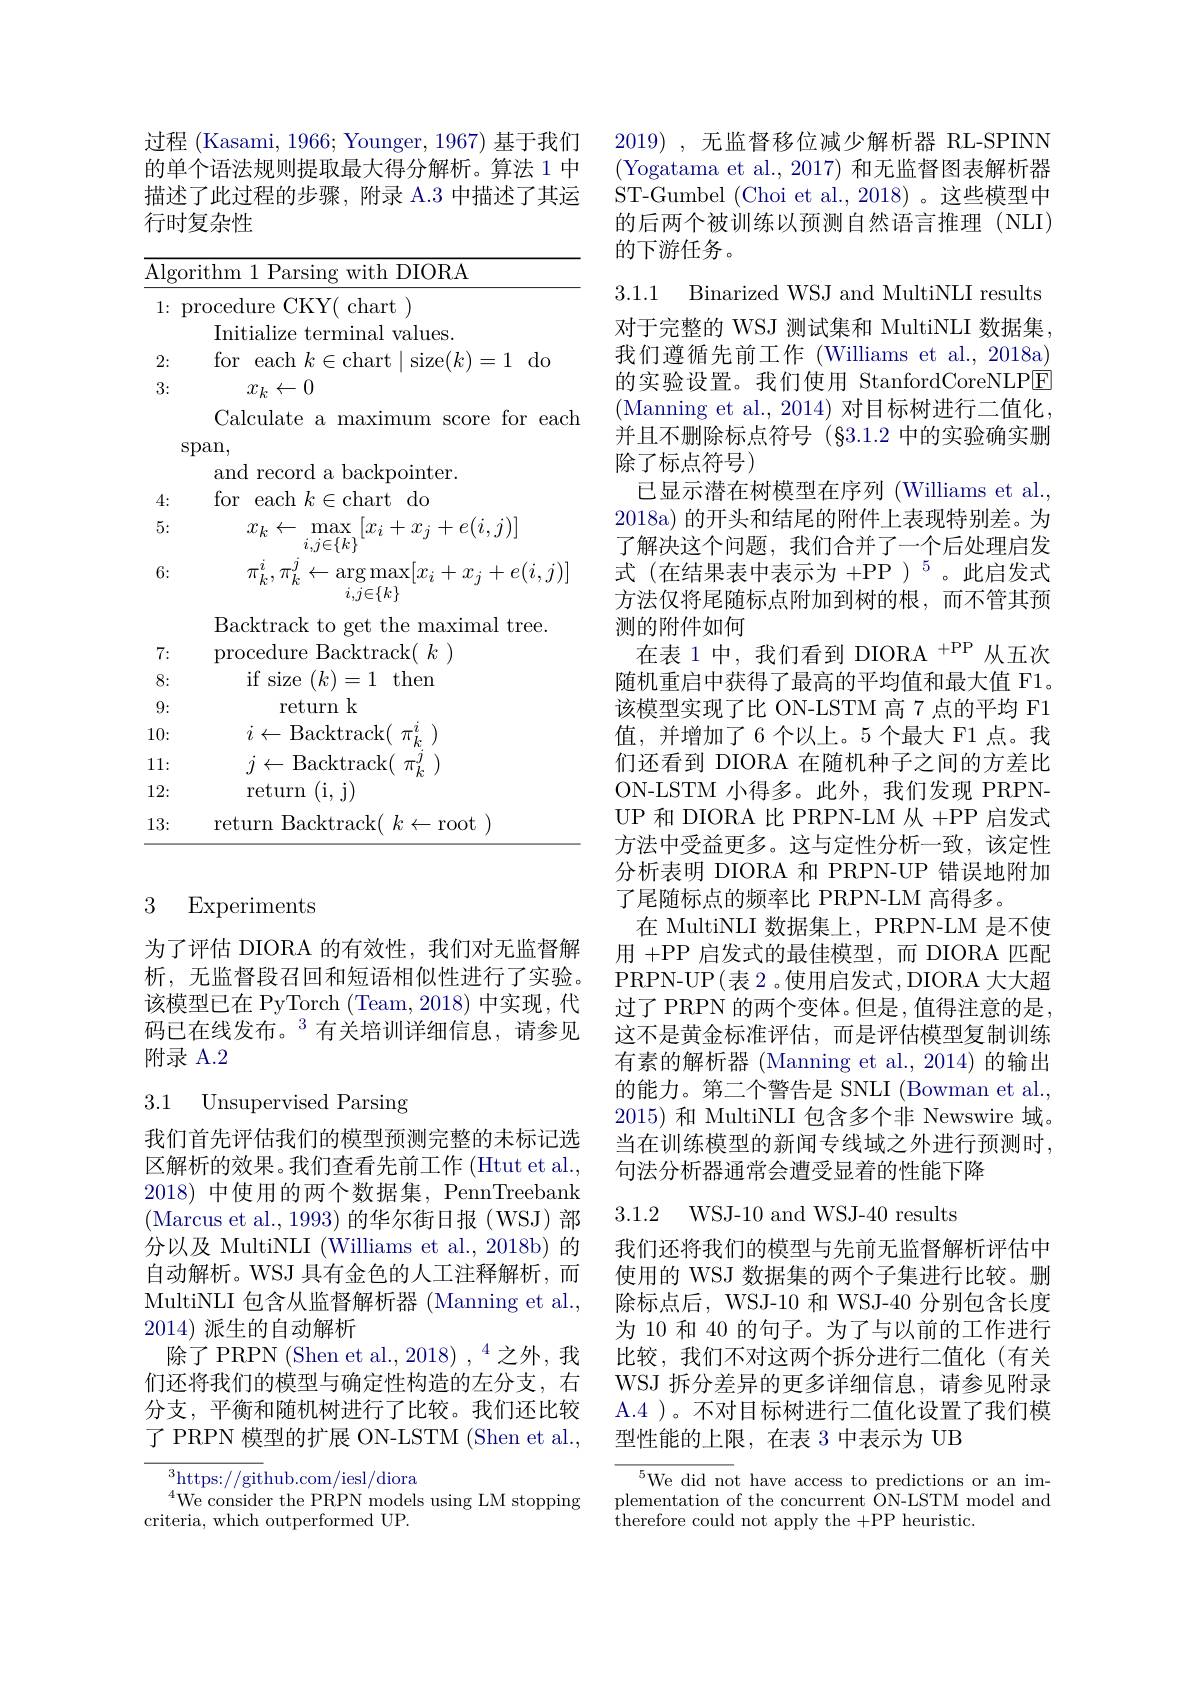
过程 (Kasami, 1966; Younger, 1967) 基于我们的单个语法规则提取最大得分解析。算法 1 中描述了此过程的步骤，附录 A.3 中描述了其运行时复杂性

Algorithm 1 Parsing with DIORA
1: procedure CKY( chart )
Initialize terminal values.
2:
for each $k\in$chart$\mid$size$(k)=1$do
3:
$x_k\leftarrow0$
Calculate a maximum score for each
span,
and record a backpointer.
4:
for each $k\in$chart do
5:
$x_{k}\leftarrow\operatorname*{max}_{i,j\in\{k\}}\left[x_{i}+x_{j}+e(i,j)\right]$ $\pi_{k}^{i},\pi_{k}^{j}\leftarrow\operatorname{arg}\operatorname*{max}[x_{i}+x_{j}+e(i,j)]$
6:
$i,\stackrel{\smile}{j\in\{k\}}$
Backtrack to get the maximal tree.
7:
procedure Backtrack( $k$
8:
if size $(k)=1$ then
9:
return k
10:
$i\leftarrow$Backtrack( $\pi _{k_. }^i$ )
11:
$j\leftarrow$Backtrack( $\pi _{k}^{j}$ )
12:
return (i, j)
13:
return Backtrack( $k\leftarrow$root )

### 3 Experiments

为了评估 DIORA 的有效性，我们对无监督解析，无监督段召回和短语相似性进行了实验。该模型已在 PyTorch (Team,2018) 中实现，代码已在线发布。$^{3}$有关培训详细信息，请参见附录 A.2

## 3.1 Unsupervised Parsing

我们首先评估我们的模型预测完整的未标记选区解析的效果。我们查看先前工作 (Htut et al., 2018)中使用的两个数据集，PennTreebank (Marcus et al., 1993)的华尔街日报(WSJ)部分以及 MultiNLI (Williams et al., 2018b) 的自动解析。WSJ 具有金色的人工注释解析，而MultiNLI 包含从监督解析器 (Manning et al., 2014)派生的自动解析
除了PRPN (Shen et al., 2018) , 4 之外，我们还将我们的模型与确定性构造的左分支，右分支，平衡和随机树进行了比较。我们还比较了 PRPN 模型的扩展 ON-LSTM (Shen et al.,

$^{3}$https://github.com/iesl/diora
$^{4}$We consider the PRPN models using LM stopping
criteria, which outperformed UP.

2019),无监督移位减少解析器 RL-SPINN (Yogatama et al.,2017) 和无监督图表解析器ST-Gumbel (Choi et al., 2018) 。这些模型中的后两个被训练以预测自然语言推理(NLI) 的下游任务。

3.1.1 Binarized WSJ and MultiNLI results

对于完整的 WSJ 测试集和 MultiNLI 数据集我们遵循先前工作 (Williams et al., 2018a) 的实验设置。我们使用 StanfordCoreNLPE (Manning et al., 2014) 对目标树进行二值化并且不删除标点符号(83.1.2 中的实验确实删除了标点符号)
已显示潜在树模型在序列 (Williams et al. 2018a) 的开头和结尾的附件上表现特别差。为了解决这个问题，我们合并了一个后处理启发式 (在结果表中表示为 +PP )$^5$。此启发式方法仅将尾随标点附加到树的根，而不管其预测的附件如何
在表 1 中，我们看到 DIORA $^{+\mathrm{PP}}$从五次随机重启中获得了最高的平均值和最大值 F1。该模型实现了比 ON-LSTM 高 7 点的平均 F1值，并增加了6个以上。5个最大 F1 点。我们还看到 DIORA 在随机种子之间的方差比ON-LSTM 小得多。此外，我们发现 PRPNUP 和 DIORA 比 PRPN-LM 从 +PP 启发式方法中受益更多。这与定性分析一致，该定性分析表明 DIORA 和 PRPN-UP 错误地附加了尾随标点的频率比 PRPN-LM 高得多。
在 MultiNLI 数据集上，PRPN-LM 是不使用+PP 启发式的最佳模型，而 DIORA 匹配PRPN- UP$\left ( \text{表 2。使 用 启 发 式 , DIORA 大 大 超 }\right )$ 过了 PRPN 的两个变体。但是 ,值得注意的是这不是黄金标准评估，而是评估模型复制训练有素的解析器 (Manning et al., 2014) 的输出的能力。第二个警告是 SNLI (Bowman et al., 2015) 和 MultiNLI 包含多个非 Newswire 域。当在训练模型的新闻专线域之外进行预测时， 句法分析器通常会遭受显着的性能下降

3.1.2 WSJ-10 and WSJ-40 results

我们还将我们的模型与先前无监督解析评估中使用的 WSJ 数据集的两个子集进行比较。删除标点后，WSJ-10 和 WSJ-40 分别包含长度为 10 和 40 的句子。为了与以前的工作进行比较，我们不对这两个拆分进行二值化(有关WSJ 拆分差异的更多详细信息，请参见附录A.4 )。不对目标树进行二值化设置了我们模型性能的上限，在表 3 中表示为 UB

${\overline{{^5}\text{We did not have access to predictions or an im-}}}$ plementation of the concurrent ÔN-LSTM model and $\bar{\text{therefore could not apply the }}+$PP heuristic.